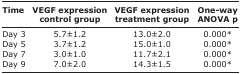
<table><thead><tr><td><b>Time</b></td><td><b>VEGF expression control group</b></td><td><b>VEGF expression treatment group</b></td><td><b>Oneway ANOVA p</b></td></tr></thead><tbody><tr><td>Day 3</td><td>5.7±1.2</td><td>13.0±2.0</td><td>0.000*</td></tr><tr><td>Day 5</td><td>3.7±1.2</td><td>15.0±1.0</td><td>0.000*</td></tr><tr><td>Day 7</td><td>3.0±1.0</td><td>11.7±2.1</td><td>0.000*</td></tr><tr><td>Day 9</td><td>7.0±2.0</td><td>14.3±1.5</td><td>0.000*</td></tr></tbody></table>